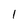
Character: 1